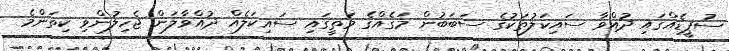
ސުޕީޑެއްގައި ދުއްވާ ސައިކަލުތަކުގެ ސަބަބުން މަގެއްގެ މަތީގައި ސައިކަލެއް ދުއްވާލަން ޖެހިލުންވި ކިތަންމެ